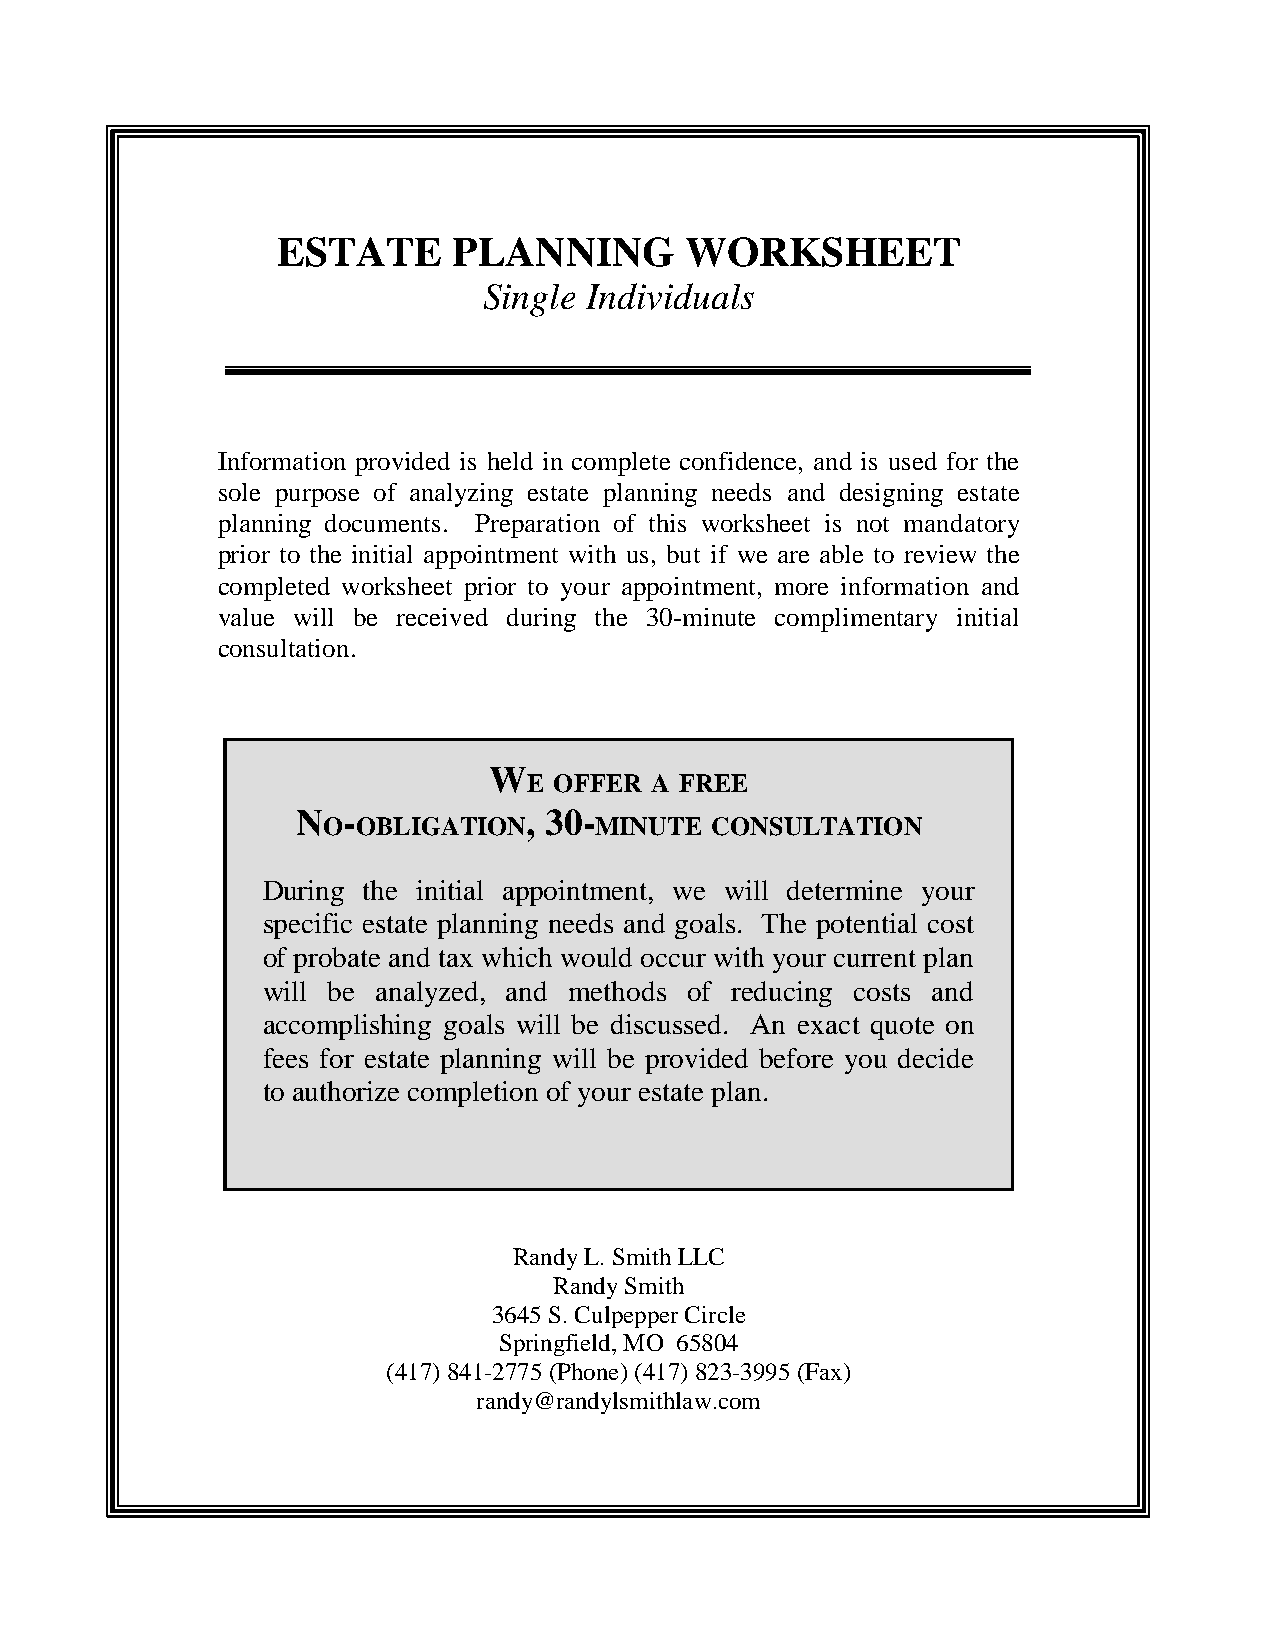
ESTATE      PLANNING       WORKSHEET
 Single Individuals
 Information provided is held in complete confidence, and is used for the
 sole purpose of analyzing estate planning needs and designing estate
 planning documents. Preparation of this worksheet is not mandatory
 prior to the initial appointment with us, but if we are able to review the
 completed worksheet prior to your appointment, more information and
 value will be received during the 30-minute complimentary initial
 consultation.
 W
 E OFFER A FREE
 N  -           , 30-
 O  OBLIGATION     MINUTE  CONSULTATION
 During the initial appointment, we will determine your
 specific estate planning needs and goals. The potential cost
 of probate and tax which would occur with your current plan
 will be analyzed, and methods of reducing costs and
 accomplishing goals will be discussed. An exact quote on
 fees for estate planning will be provided before you decide
 to authorize completion of your estate plan.
 Randy L. Smith LLC
 Randy Smith
 3645 S. Culpepper Circle
 Springfield, MO 65804
 (417) 841-2775 (Phone) (417) 823-3995 (Fax)
 randy@randylsmithlaw.com